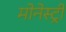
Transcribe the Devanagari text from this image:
मोनेस्‍ट्री